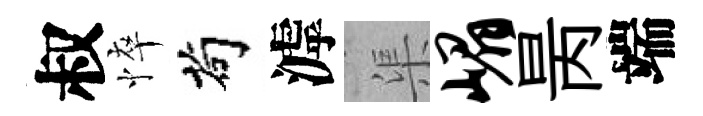
叔悴茍滹渠嵋昺端